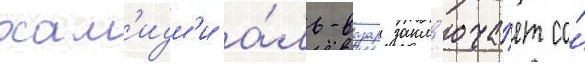
хам'идм'и а́ль-вазар закл'юча́ет со́